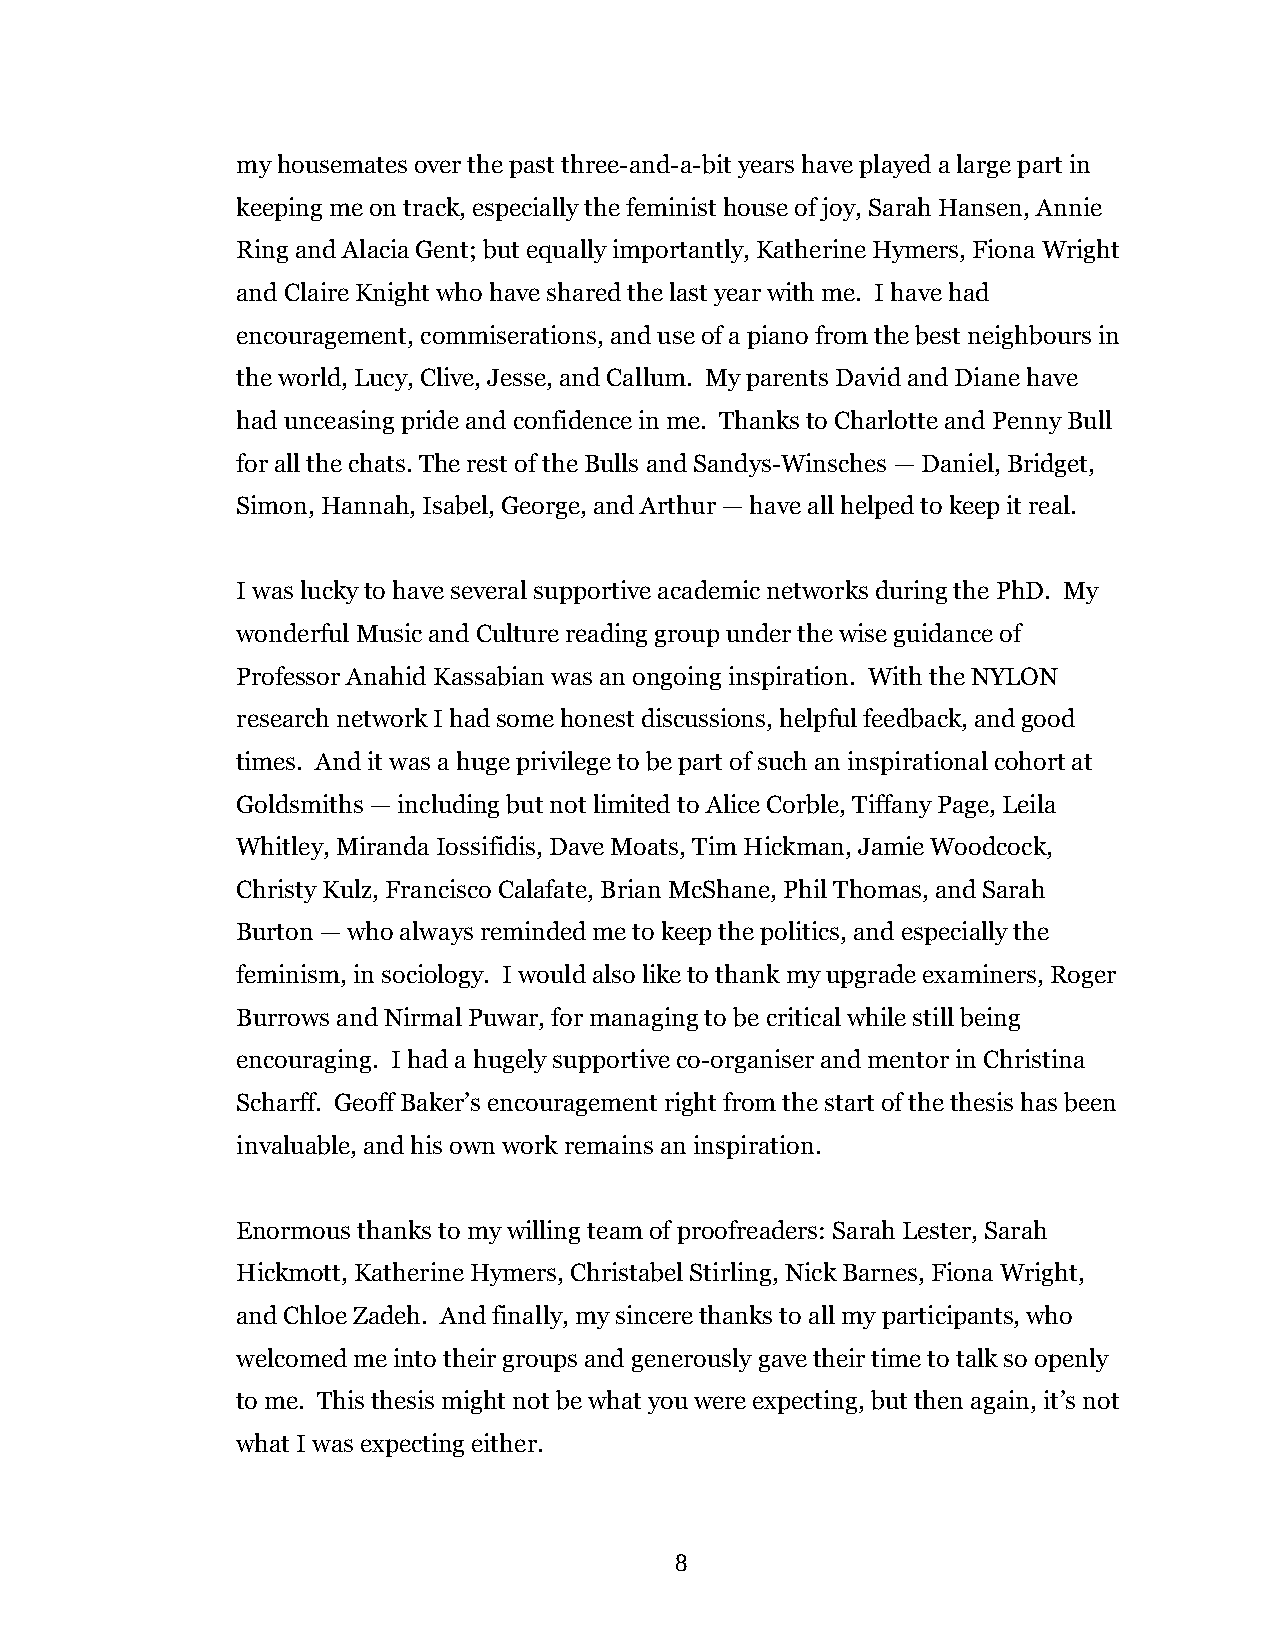
my housemates over the past three-and-a-bit years have played a large part in
 keeping me on track, especially the feminist house of joy, Sarah Hansen, Annie
 Ring and Alacia Gent; but equally importantly, Katherine Hymers, Fiona Wright
 and Claire Knight who have shared the last year with me. I have had
 encouragement, commiserations, and use of a piano from the best neighbours in
 the world, Lucy, Clive, Jesse, and Callum. My parents David and Diane have
 had unceasing pride and confidence in me. Thanks to Charlotte and Penny Bull
 for all the chats. The rest of the Bulls and Sandys-Winsches — Daniel, Bridget,
 Simon, Hannah, Isabel, George, and Arthur — have all helped to keep it real.
 I was lucky to have several supportive academic networks during the PhD. My
 wonderful Music and Culture reading group under the wise guidance of
 Professor Anahid Kassabian was an ongoing inspiration. With the NYLON
 research network I had some honest discussions, helpful feedback, and good
 times. And it was a huge privilege to be part of such an inspirational cohort at
 Goldsmiths — including but not limited to Alice Corble, Tiffany Page, Leila
 Whitley, Miranda Iossifidis, Dave Moats, Tim Hickman, Jamie Woodcock,
 Christy Kulz, Francisco Calafate, Brian McShane, Phil Thomas, and Sarah
 Burton — who always reminded me to keep the politics, and especially the
 feminism, in sociology. I would also like to thank my upgrade examiners, Roger
 Burrows and Nirmal Puwar, for managing to be critical while still being
 encouraging. I had a hugely supportive co-organiser and mentor in Christina
 Scharff. Geoff Baker’s encouragement right from the start of the thesis has been
 invaluable, and his own work remains an inspiration.
 Enormous thanks to my willing team of proofreaders: Sarah Lester, Sarah
 Hickmott, Katherine Hymers, Christabel Stirling, Nick Barnes, Fiona Wright,
 and Chloe Zadeh. And finally, my sincere thanks to all my participants, who
 welcomed me into their groups and generously gave their time to talk so openly
 to me. This thesis might not be what you were expecting, but then again, it’s not
 what I was expecting either.
 8